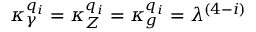
{ \kappa _ { \gamma } ^ { q _ { i } } } = { \kappa _ { Z } ^ { q _ { i } } } = { \kappa _ { g } ^ { q _ { i } } } = \lambda ^ { ( 4 - i ) }